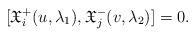
LaTeX: \begin{align*} [\mathfrak{X}_i^{+}(u, \lambda_1) , \mathfrak{X}_j^{-}(v, \lambda_2)]=0.\end{align*}